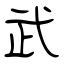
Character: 武